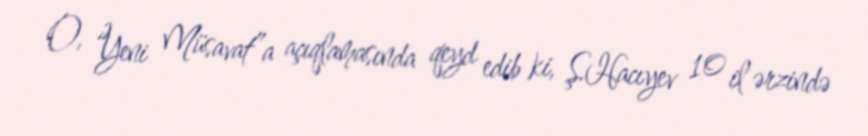
O, “Yeni Müsavat”a açıqlamasında qeyd edib ki, Ş.Hacıyev 10 il ərzində